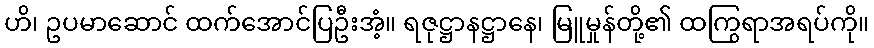
ဟိ၊ ဥပမာဆောင် ထက်အောင်ပြဦးအံ့။ ရဇုဋ္ဌာနဋ္ဌာနေ၊ မြူမှုန်တို့၏ ထကြွရာအရပ်ကို။